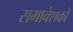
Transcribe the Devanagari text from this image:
समावेशकों